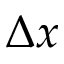
\Delta x